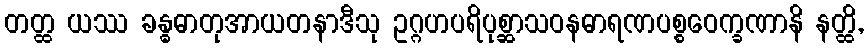
တတ္ထ ယဿ ခန္ဓဓာတုအာယတနာဒီသု ဥဂ္ဂဟပရိပုစ္ဆာသဝနဓာရဏပစ္စဝေက္ခဏာနိ နတ္ထိ,